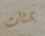
بمئات